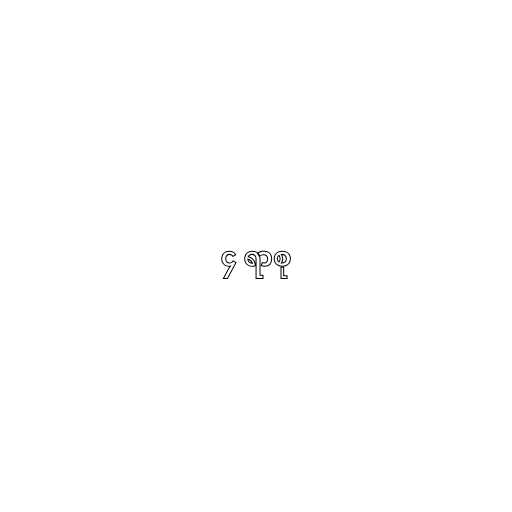
၄ ရာစု